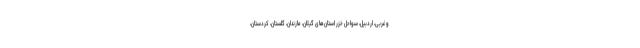
و غربی، اردبیل، سواحل خزر استان‌های گیلان، مازندان، گلستان، کردستان،